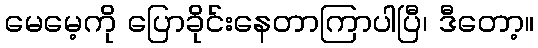
မေမေ့ကို ပြောခိုင်းနေတာကြာပါပြီ၊ ဒီတော့။